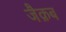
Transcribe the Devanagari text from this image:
जैक़ब